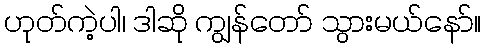
ဟုတ်ကဲ့ပါ၊ ဒါဆို ကျွန်တော် သွားမယ်နော်။